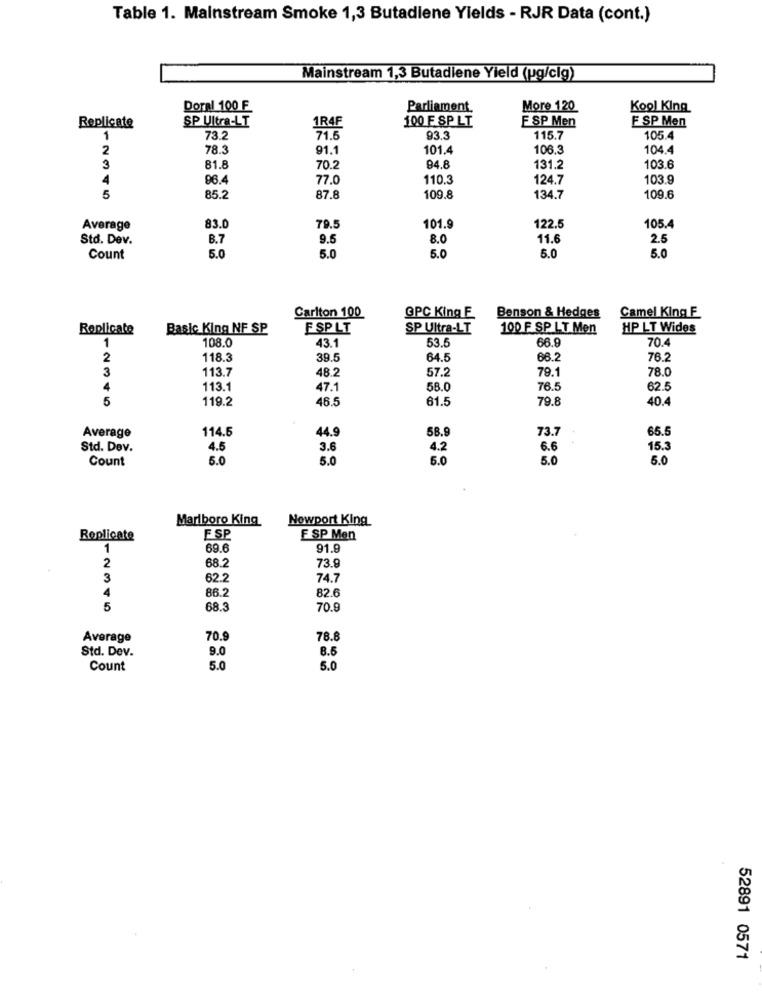
Table 1. Mainstream Smoke 1,3 Butadiene Yields - RJR Data (cont.)
Mainstream 1,3 Butadiene Yield (pg/clg)
Doral 100 F
Parliament
More 120
Kool King
Replicate
SP Ultra-LT
100 F SP LT
F SP Men
F SP Men
1R4F
1
73.2
71.6
93.3
115.7
105.4
2
78.
91.1
101.4
106.3
104.4
3
81.8
70.2
94.8
131.2
103.6
4
96.4
77.0
110.3
124.7
103.9
5
85.2
87.8
109.8
134.7
109.6
122.5
Average
83.0
79.5
101.9
105.4
Std. Dev.
B.7
9.5
8.0
11.6
2.5
5.0
5.0
5.0
5.0
Count
5.0
Carlton 100
GPC King E.
Benson & Hedges
Camel King F
Replicate
Basic King NF SP
FSPLT
SP Ultra-LT
100 F SP LT Men
HP LT Wides
1
108.0
43.1
53.5
66.9
70.4
2
118.3
39.5
64.5
66.2
76.2
3
113.7
48.2
57.2
79.1
78.0
4
113.1
47.1
58.0
76.5
62.5
5
119.2
46.5
61.5
79.8
40.4
Average
114.5
44.9
58.9
73.7
65.5
Std. Dev.
4.5
3.6
4.2
6.6
15.
Count
5.0
5.0
5.0
5.0
5.0
Marlboro King
Nowport King
Replicate
FSP
F SP Men
1
69.6
91.9
73.9
2
38.2
3
62.2
74.7
4
86.2
82.6
5
68.3
70.0
Average
70.9
78.8
Std. Dev.
9.0
8.5
Count
5.0
5.0
52891 0571